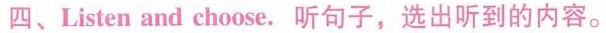
四、Listen and choose. 听句子，选出听到的内容。